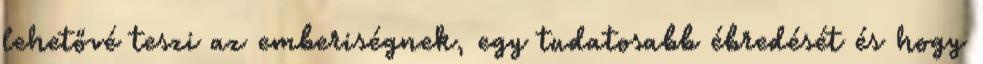
lehetővé teszi az emberiségnek, egy tudatosabb ébredését és hogy